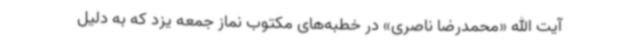
آیت الله «محمدرضا ناصری» در خطبه‌های مکتوب نماز جمعه یزد که به دلیل